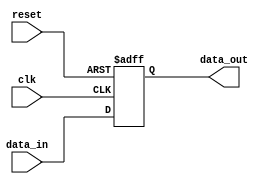
module ParameterizedRegister #(
    parameter WIDTH = 8  // Parameterized width of the register
)(
    input wire clk,        // Clock signal
    input wire reset,      // Asynchronous reset signal
    input wire [WIDTH-1:0] data_in,  // Input data
    output reg [WIDTH-1:0] data_out   // Output data
);

// Always block for synchronous behavior with asynchronous reset
always @(posedge clk or posedge reset) begin
    if (reset) begin
        data_out <= {WIDTH{1'b0}};  // Clear register to zero
    end else begin
        data_out <= data_in;        // Capture input data on clock edge
    end
end

endmodule